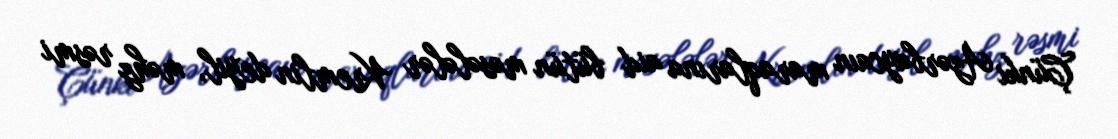
Çünki Azərbaycaın maraqlarına aid bütün məsələlər Kremlin deyil, məhz rəsmi